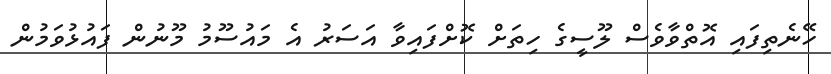
ހޭނެތިފައި އޮތްވާވެސް ލޫސީގެ ހިތަށް ކޮށްފައިވާ އަސަރު އެ މައުސޫމު މޫނުން ފައުޅުވަމުން